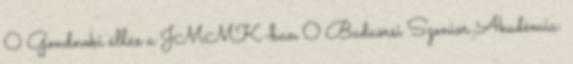
0 Gondnoki állás a JMMK-ban 0 Budaörsi Szenior Akadémia: